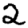
Digit: 2